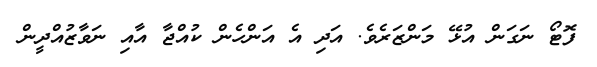
ފޮޓޯ ނަގަން އުޅޭ މަންޒަރެވެ. އަދި އެ އަންހެން ކުއްޖާ އާއި ނަވާޒުއްދީން